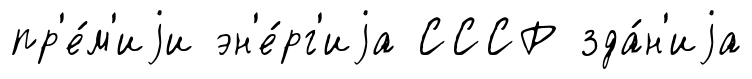
пр'е́м'иjи эн'е́рг'иjа СССР зда́н'иjа